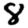
Digit: 8